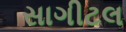
સાગીટલ